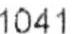
1041